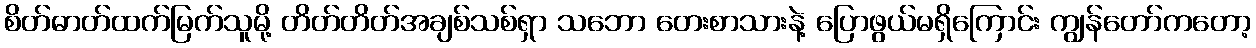
စိတ်ဓာတ်ထက်မြက်သူမို့ တိတ်တိတ်အချစ်သစ်ရှာ သဘော တေးစာသားနဲ့ ပြောဖွယ်မရှိကြောင်း ကျွန်တော်ကတော့